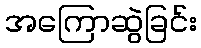
အကြောဆွဲခြင်း